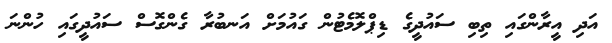
އަދި އީރާންގައި ތިބި ސައުދީގެ ޑިޕްލޮމެޓުން ގައުމަށް އަނބުރާ ގެންގޮސް ސައުދީގައި ހުންނަ